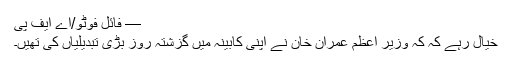
— فائل فوٹو/اے ایف پی
خیال رہے کہ کہ وزیر اعظم عمران خان نے اپنی کابینہ میں گزشتہ روز بڑی تبدیلیاں کی تھیں۔